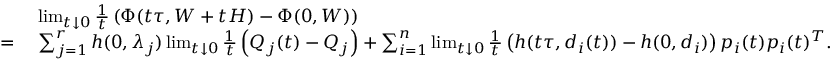
\begin{array} { r l } & { \; \operatorname* { l i m } _ { t \downarrow 0 } \frac { 1 } { t } \left( \Phi ( t \tau , W + t H ) - \Phi ( 0 , W ) \right) } \\ { = } & { \; \sum _ { j = 1 } ^ { r } h ( 0 , \lambda _ { j } ) \operatorname* { l i m } _ { t \downarrow 0 } \frac { 1 } { t } \left( Q _ { j } ( t ) - Q _ { j } \right) + \sum _ { i = 1 } ^ { n } \operatorname* { l i m } _ { t \downarrow 0 } \frac { 1 } { t } \left( h ( t \tau , d _ { i } ( t ) ) - h ( 0 , d _ { i } ) \right) p _ { i } ( t ) p _ { i } ( t ) ^ { T } . } \end{array}